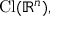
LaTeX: \mathrm { C l } ( \mathbb { R } ^ { n } ) ,